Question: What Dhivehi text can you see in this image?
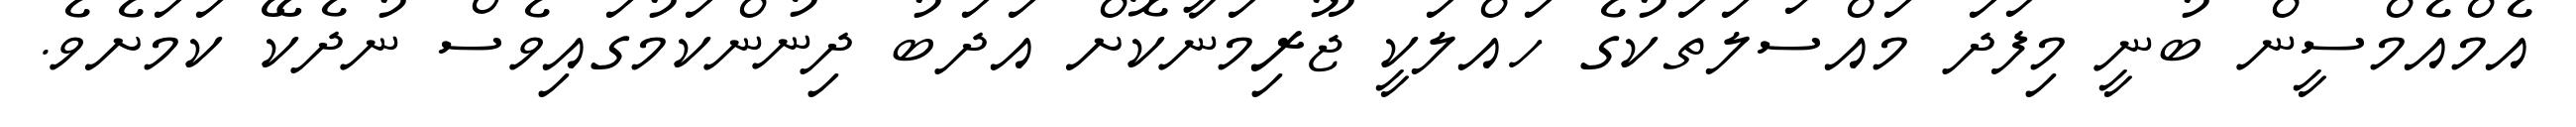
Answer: އެމްއެމްސީން ބުނީ މިފަދަ މައްސަލަތަކުގެ ހައްލަކީ ޖޫރިމަނާކޮށް އަދަބު ދިނުންކަމުގައިވެސް ނުދެކޭ ކަމަށެވެ.